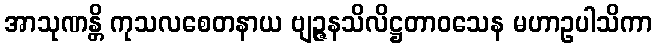
အာသုဏန္တိ ကုသလစေတနာယ ဗျဉ္ဇနသိလိဋ္ဌတာဝသေန မဟာဥပါသိကာ